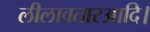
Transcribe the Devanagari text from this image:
लीलावतारआदि।